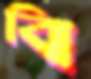
বি